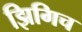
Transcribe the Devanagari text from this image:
झिगिच